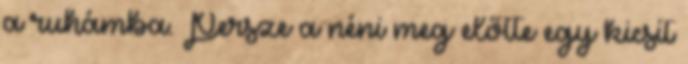
a ruhámba. Persze a néni meg előtte egy kicsit